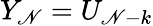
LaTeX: Y_{\mathscr{N}}=U_{\mathscr{N}-k}